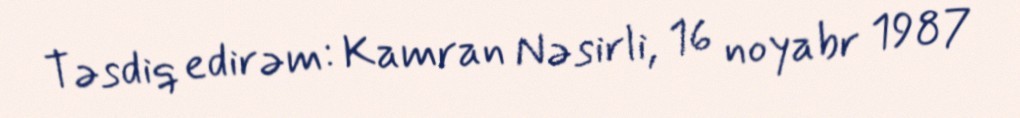
Təsdiq edirəm: Kamran Nəsirli, 16 noyabr 1987